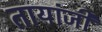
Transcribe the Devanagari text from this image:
तायांजी